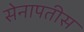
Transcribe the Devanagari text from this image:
सेनापतीस